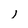
Character: l